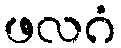
ဖလဂံ